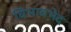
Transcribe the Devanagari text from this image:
विभावभेद